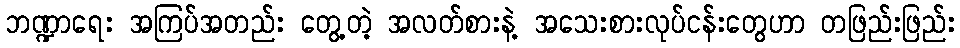
ဘဏ္ဍာရေး အကြပ်အတည်း တွေ့တဲ့ အလတ်စားနဲ့ အသေးစားလုပ်ငန်းတွေဟာ တဖြည်းဖြည်း